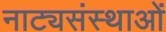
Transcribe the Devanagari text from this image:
नाट्यसंस्थाओं